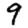
Digit: 9